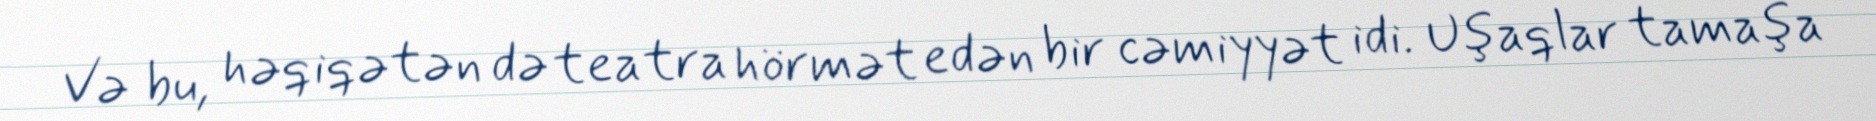
Və bu, həqiqətən də teatra hörmət edən bir cəmiyyət idi. Uşaqlar tamaşa